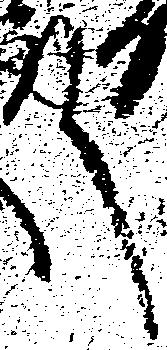
殿